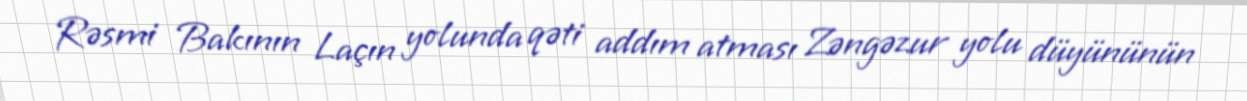
Rəsmi Bakının Laçın yolunda qəti addım atması Zəngəzur yolu düyününün